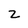
Character: z